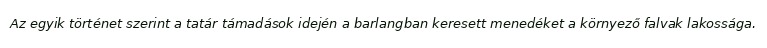
Az egyik történet szerint a tatár támadások idején a barlangban keresett menedéket a környező falvak lakossága.